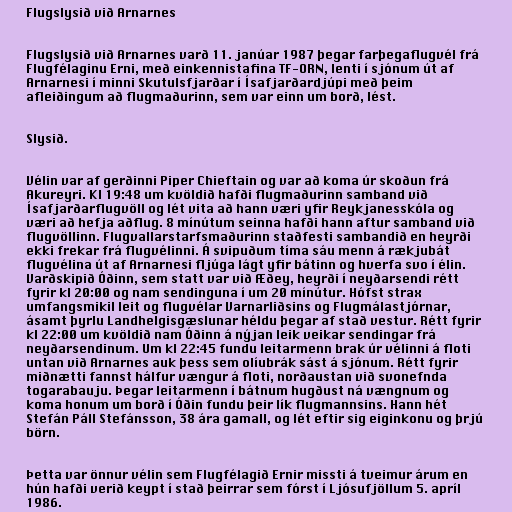
Flugslysið við Arnarnes

Flugslysið við Arnarnes varð 11. janúar 1987 þegar farþegaflugvél frá
Flugfélaginu Erni, með einkennistafina TF-ORN, lenti í sjónum út af
Arnarnesi í minni Skutulsfjarðar í Ísafjarðardjúpi með þeim
afleiðingum að flugmaðurinn, sem var einn um borð, lést.

Slysið.

Vélin var af gerðinni Piper Chieftain og var að koma úr skoðun frá
Akureyri. Kl 19:48 um kvöldið hafði flugmaðurinn samband við
Ísafjarðarflugvöll og lét vita að hann væri yfir Reykjanesskóla og
væri að hefja aðflug. 8 mínútum seinna hafði hann aftur samband við
flugvöllinn. Flugvallarstarfsmaðurinn staðfesti sambandið en heyrði
ekki frekar frá flugvélinni. Á svipuðum tíma sáu menn á rækjubát
flugvélina út af Arnarnesi fljúga lágt yfir bátinn og hverfa svo í élin.
Varðskipið Óðinn, sem statt var við Æðey, heyrði í neyðarsendi rétt
fyrir kl 20:00 og nam sendinguna í um 20 mínútur. Hófst strax
umfangsmikil leit og flugvélar Varnarliðsins og Flugmálastjórnar,
ásamt þyrlu Landhelgisgæslunar héldu þegar af stað vestur. Rétt fyrir
kl 22:00 um kvöldið nam Óðinn á nýjan leik veikar sendingar frá
neyðarsendinum. Um kl 22:45 fundu leitarmenn brak úr vélinni á floti
untan við Arnarnes auk þess sem olíubrák sást á sjónum. Rétt fyrir
miðnætti fannst hálfur vængur á floti, norðaustan við svonefnda
togarabauju. Þegar leitarmenn í bátnum hugðust ná vængnum og
koma honum um borð í Óðin fundu þeir lík flugmannsins. Hann hét
Stefán Páll Stefánsson, 38 ára gamall, og lét eftir sig eiginkonu og þrjú
börn.

Þetta var önnur vélin sem Flugfélagið Ernir missti á tveimur árum en
hún hafði verið keypt í stað þeirrar sem fórst í Ljósufjöllum 5. apríl
1986.